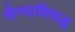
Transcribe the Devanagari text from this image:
सैन्याविरूद्ध